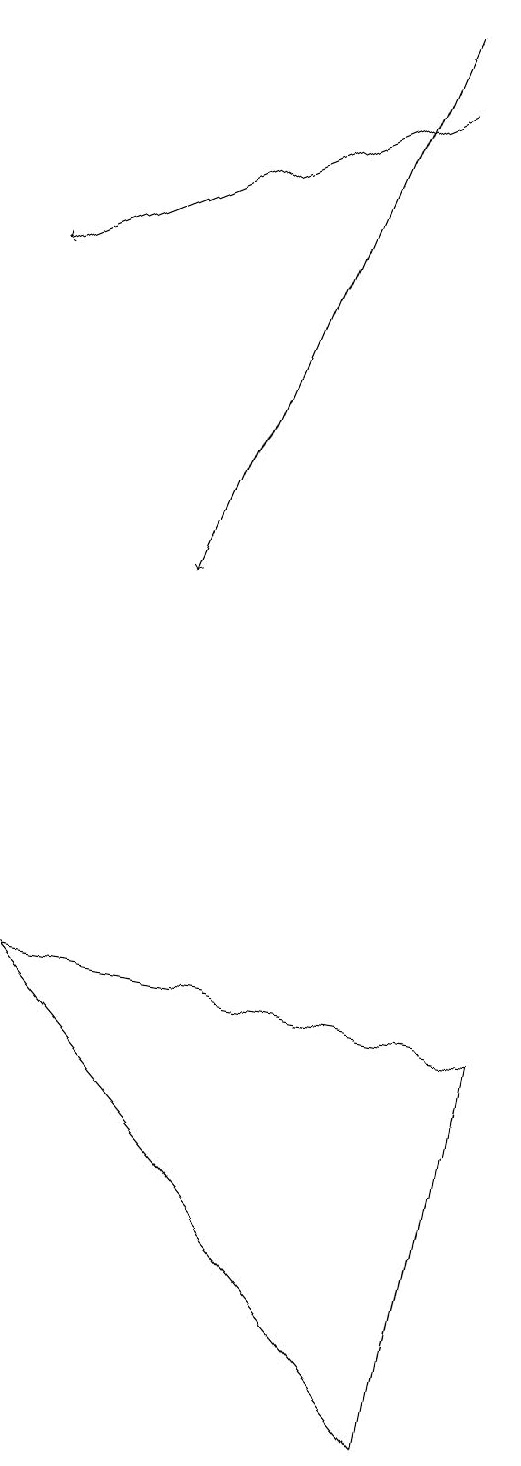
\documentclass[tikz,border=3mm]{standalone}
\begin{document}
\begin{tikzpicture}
\draw[->] (8,18) -- (5,11);
\draw (3,6) -- (8,0) -- (9,5) -- cycle;
\draw[->] (8,17) -- (3,15);
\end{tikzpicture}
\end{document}